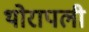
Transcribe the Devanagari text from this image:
थोरापली